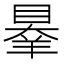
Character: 𦎝